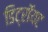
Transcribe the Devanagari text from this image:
डिट्रॉयट